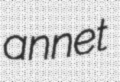
annet